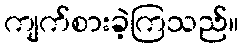
ကျက်စားခဲ့ကြသည်။